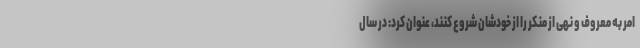
امر به معروف و نهی از منکر را از خودشان شروع کنند، عنوان کرد: در سال